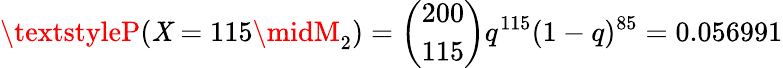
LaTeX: \textstyleP(\mathit{X}=115\midM_{2})={{\binom{200}{115}}q^{115}(1-q)^{85}}=0.056991